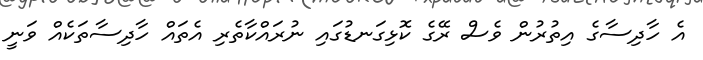
އެ ހާދިސާގެ އިތުރުން ވެސް ރޭގެ ކޮޅިގަނޑުގައި ނުރައްކާތެރި އެތައް ހާދިސާތަކެއް ވަނީ